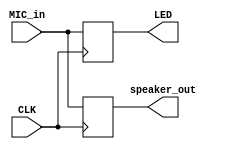
`timescale 1ns / 1ps
//////////////////////////////////////////////////////////////////////////////////
// Company: 
// Engineer: 
// 
// Design Name: 
// Module Name: speaker_mic_led
// Project Name: 
// Target Devices: 
// Tool Versions: 
// Description: 
// 
// Dependencies: 
// 
// Revision:
// Revision 0.01 - File Created
// Additional Comments:
// 
//////////////////////////////////////////////////////////////////////////////////


module speaker_mic_led(
    input CLK,
    input [11:0] MIC_in,
    output reg [11:0] LED,
    output reg [11:0] speaker_out
    );
    
    always @ (posedge CLK) begin
        speaker_out <= MIC_in;
        LED <= MIC_in;
    end

endmodule